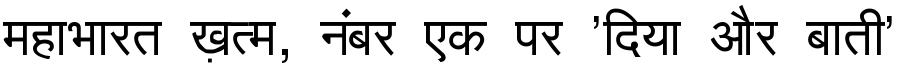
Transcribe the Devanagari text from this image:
महाभारत ख़त्म, नंबर एक पर 'दिया और बाती'